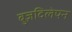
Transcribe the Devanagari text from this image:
बुज़दिलेपन